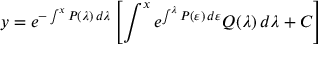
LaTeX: y = e ^ { - \int ^ { x } P ( \lambda ) \, d \lambda } \left[ \int ^ { x } e ^ { \int ^ { \lambda } P ( \varepsilon ) \, d \varepsilon } Q ( \lambda ) \, d \lambda + C \right]